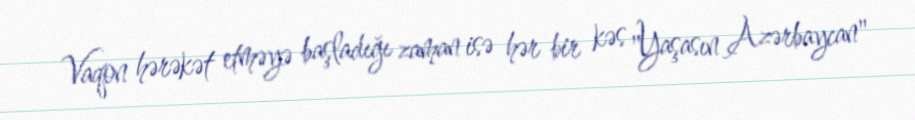
Vaqon hərəkət etməyə başladığı zaman isə hər bir kəs "Yaşasın Azərbaycan"